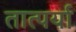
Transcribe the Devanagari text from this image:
तात्पर्या